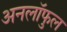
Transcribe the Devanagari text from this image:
अनलॉफुल